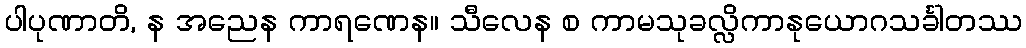
ပါပုဏာတိ, န အညေန ကာရဏေန။ သီလေန စ ကာမသုခလ္လိကာနုယောဂသင်္ခါတဿ